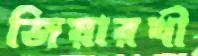
জিয়ারখী